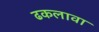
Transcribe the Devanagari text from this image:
ढकलावा